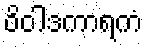
ဝိဝါဒကာရကံ